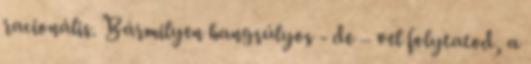
racionális. Bármilyen hangsúlyos - de – vel folytatod, a